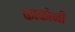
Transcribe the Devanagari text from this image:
काकोनी